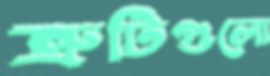
ত্রুটিগুলো